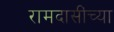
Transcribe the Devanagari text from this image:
रामदासींच्या